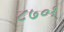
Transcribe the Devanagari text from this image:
८७०१